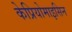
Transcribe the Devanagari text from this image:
केप्रियोमाइसिन